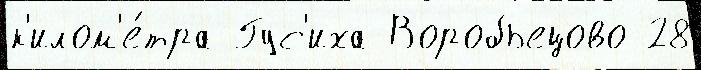
к'илом'е́тра Гус'иха Воробьецово 28